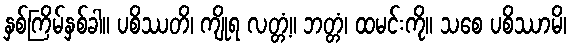
နှစ်ကြိမ်နှစ်ခါ။ ပစိဿတိ၊ ကျိုရ လတ္တံ့။ ဘတ္တံ၊ ထမင်းကို။ သစေ ပစိဿာမိ၊